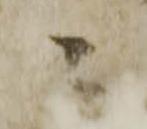
ニ